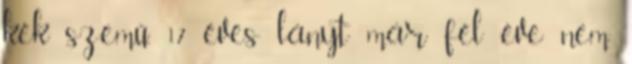
kék szemű, 17 éves lányt már fél éve nem